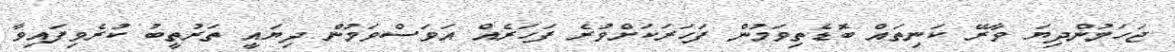
ޖަހަމުންދިޔަ ވާރޭ ކަނިތައް ބޮޑެތިވަމުން ފަހަރަކަށްވުރެ ފަހަރެއް އަވަސްވަމުން ދިޔައީ ތަރުތީބު ކުރެވިފައިވާ